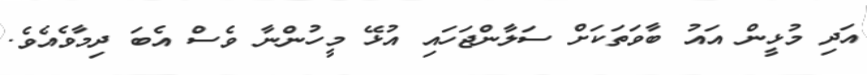
އަދި މުޅީން އައު ބާވަތަކަށް ސަލާންޖަހައި އުޅޭ މީހުންނާ ވެސް އެބަ ދިމާވެއެވެ.